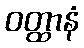
ဝတ္ထာနံ